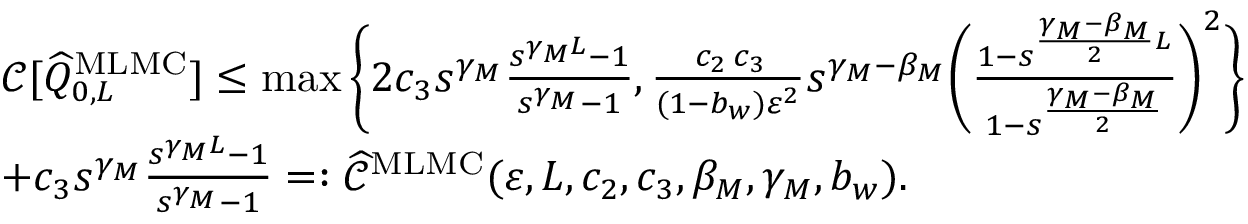
\begin{array} { r l } & { \ { \mathcal { C } } [ \widehat { Q } _ { 0 , L } ^ { \mathrm { M L M C } } ] \leq \operatorname* { m a x } \bigg \{ 2 c _ { 3 } s ^ { \gamma _ { M } } \frac { s ^ { \gamma _ { M } L } - 1 } { s ^ { \gamma _ { M } } - 1 } , \frac { \, c _ { 2 } \, c _ { 3 } } { ( 1 - b _ { w } ) \varepsilon ^ { 2 } } s ^ { \gamma _ { M } - \beta _ { M } } \bigg ( \frac { 1 - s ^ { \frac { \gamma _ { M } - \beta _ { M } } { 2 } L } } { 1 - s ^ { \frac { \gamma _ { M } - \beta _ { M } } { 2 } } } \bigg ) ^ { 2 } \bigg \} } \\ & { \ + c _ { 3 } s ^ { \gamma _ { M } } \frac { s ^ { \gamma _ { M } L } - 1 } { s ^ { \gamma _ { M } } - 1 } = : \widehat { { \mathcal { C } } } ^ { \mathrm { M L M C } } ( \varepsilon , L , c _ { 2 } , c _ { 3 } , \beta _ { M } , \gamma _ { M } , b _ { w } ) . } \end{array}